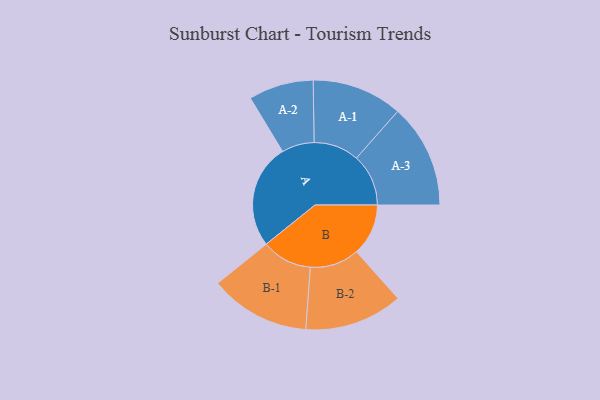
{"axis": {"x": "Segment", "y": "Value"}, "legend": ["", "A", "B"], "data": [{"x": "A", "y": 434, "type": ""}, {"x": "B", "y": 215, "type": ""}, {"x": "A-1", "y": 188, "type": "A"}, {"x": "A-2", "y": 135, "type": "A"}, {"x": "A-3", "y": 216, "type": "A"}, {"x": "B-1", "y": 209, "type": "B"}, {"x": "B-2", "y": 204, "type": "B"}]}